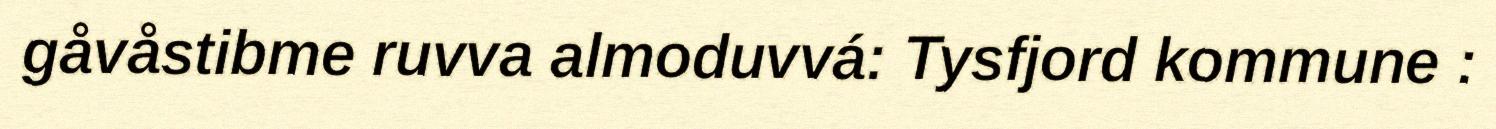
gåvåstibme ruvva almoduvvá: Tysfjord kommune :